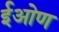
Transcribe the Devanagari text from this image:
ईओण